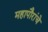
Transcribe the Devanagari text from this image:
महापौरांचे